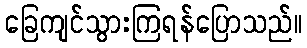
ခြေကျင်သွားကြရန်ပြောသည်။